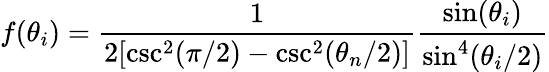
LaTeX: f(\theta_{i})=\frac{1}{2[\csc^{2}(\pi/2)-\csc^{2}(\theta_{n}/2)]}\frac{\sin(\theta_{i})}{\sin^{4}(\theta_{i}/2)}